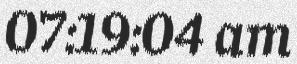
07:19:04 am